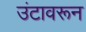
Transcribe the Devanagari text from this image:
उंटावरून